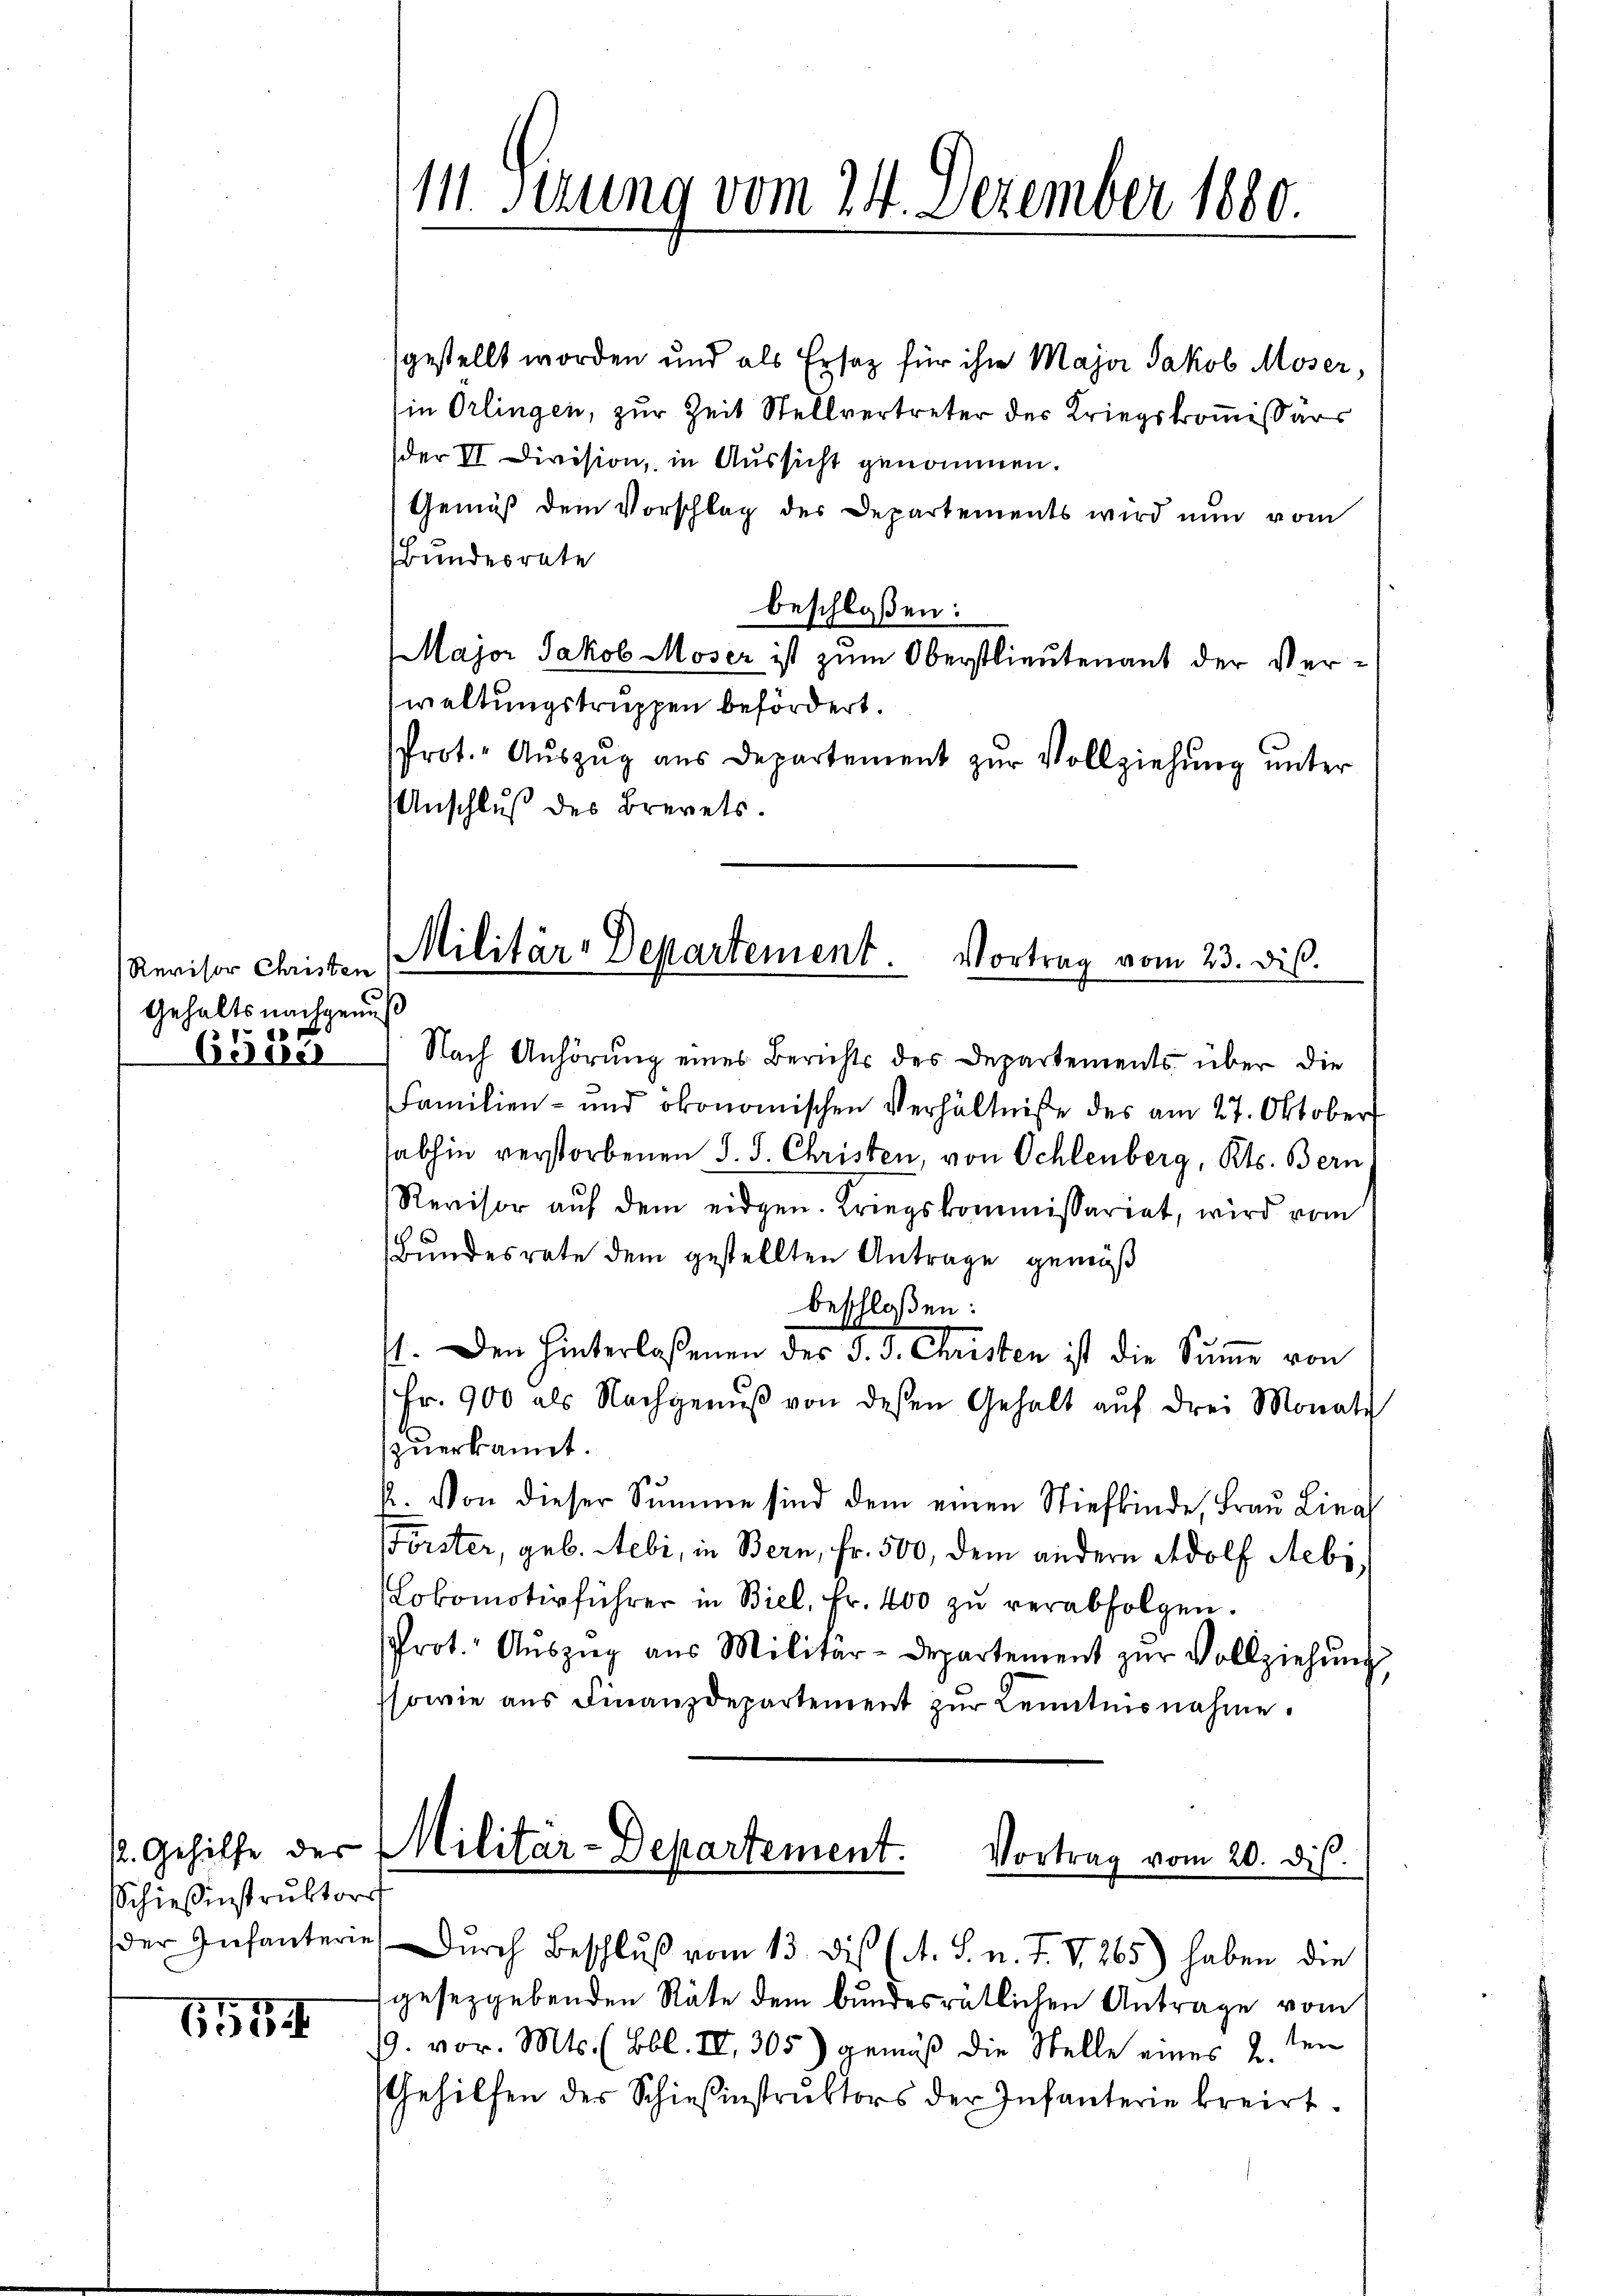
Revisor Christen
Gehalts nachgenu
a

C30e

12. Gehilfe der
Schießinstruktors
der Infanterie

655

gestellt worden und als Ersatz für ihr Major Jakob Moser,
in Orlingen, zur Zeit Stellvertreter der Kriegskommissärs
der VI Division, in Aussicht genommen.
Gemäß dem Vorschlag der Departements wird nun vom
Bundesrate
beschloßen:
Major Jakob Moser ist zum Oberstlieutenant der Verwaltungstruppen befördert.
Prot. " Aŭszŭg aŭs Departement zŭr Vollziehŭng ŭnter
Anschluß des Brevets.

111. Sezung vom 24. Dezember 1880.

Militär-Departement. Vortrag vom 23. dis
ß

Nach Anhörung eines Berichts des Departements über die
Familien- und ökonomischen Verhältniße des am 27. Oktobers
abhin verstorbenen J. J. Christen, von Schlenberg, Kts. Bern
Revisor aŭf dem eidgen. Kriegskommissariat, wird vom
Bundesrate dem gestellten Antrage gemäß
beschloßen:
1. Den hinterlaßenen des J. J. Christen ist die Sŭṁe von
Fr. 900 als Nachgenŭβ von dessen Gehalt aŭf drei Monate
zuerkannt.
E. Von dieser Summe sind dem einen Stiefkinde, Frau Linal
Förster, geb. Nebi, in Bern, Fr. 500, dem andern Adolf Aebi,
Lokomotivführer in Biel, Fr. 400 zŭ verabfolgen.
Prot. Aŭszŭg aŭs Militär-Departement zŭr Vollziehŭng
sowie aus Finanzdepartement zur Kenntnisnahme.
Militar-Departement. Vortrag vom 20. dis.
Dŭrch Beschlŭβ vom 13. dis (A. S. n. F. VI 265) haben die
gesetzgebenden Räte dem bundesrätlichen Antrage vom
9. vor. Mts. (Bbl. IV 305) gemäß die Stelle eines 2ten
Gehilfen der Schiesinstrŭktors der Infanterie kreist.